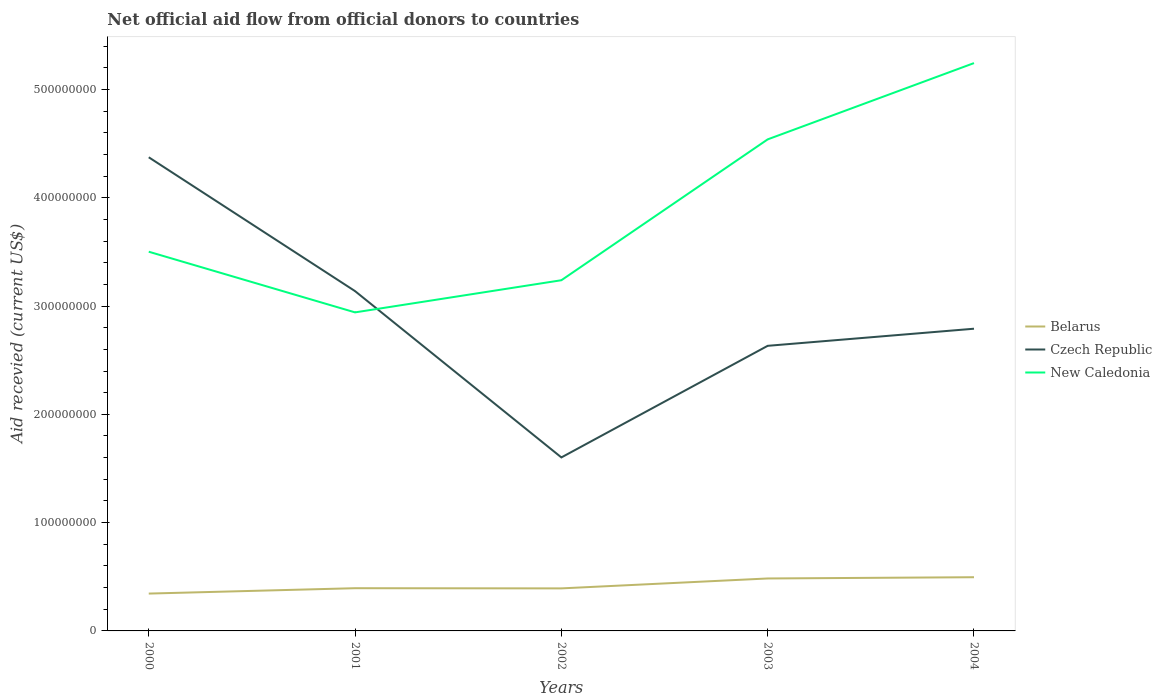
| Years | Belarus | Czech Republic | New Caledonia |
 | --- | --- | --- | --- |
 | 2000 | 3.45e+07 | 4.37e+08 | 3.5e+08 |
 | 2001 | 3.94e+07 | 3.14e+08 | 2.94e+08 |
 | 2002 | 3.93e+07 | 1.6e+08 | 3.24e+08 |
 | 2003 | 4.84e+07 | 2.63e+08 | 4.54e+08 |
 | 2004 | 4.96e+07 | 2.79e+08 | 5.24e+08 |